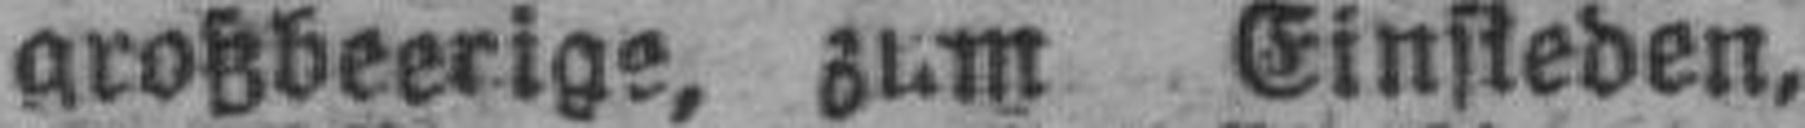
Spiegelweichsel, zum Einsteden.